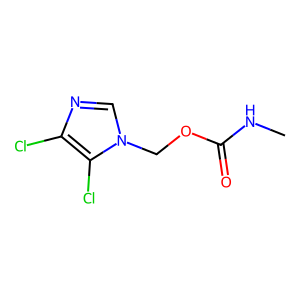
SMILES: CNC(=O)OCn1cnc(Cl)c1Cl
Inhibits HIV replication: No